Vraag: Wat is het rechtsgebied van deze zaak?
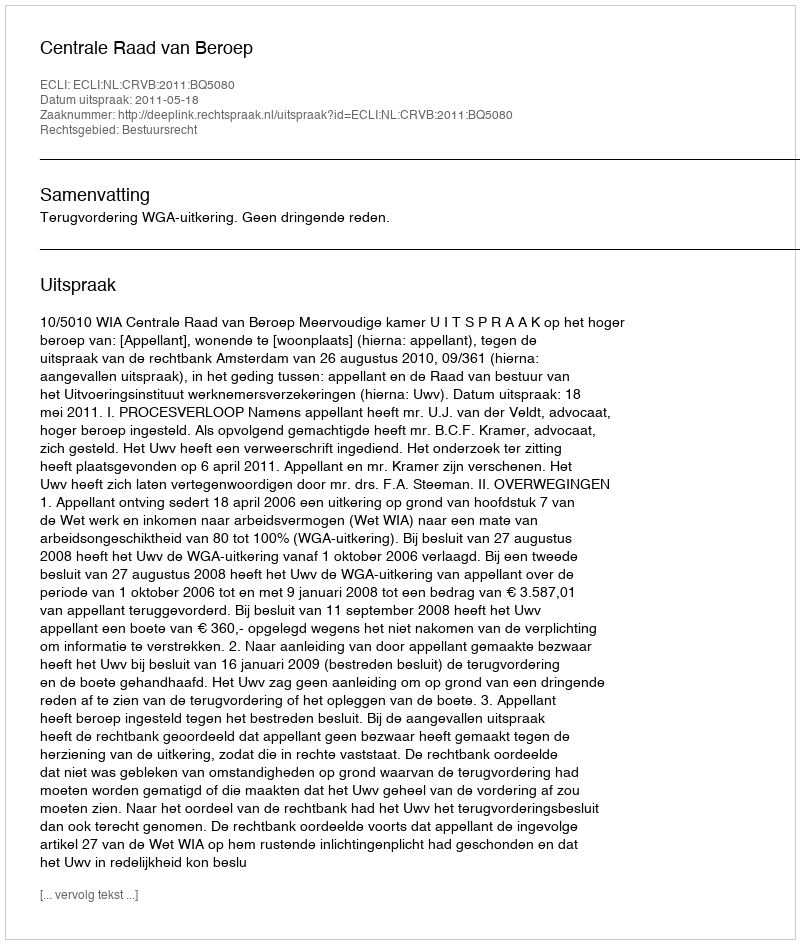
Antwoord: Bestuursrecht